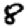
Digit: 8